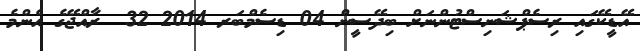
އޭޑީކޭގައި ރިސެޕްޝަނިސްޓުންނަށް ބިދޭސީން 04 ޑިސެމްބަރ 2014 32  ރާއްޖޭގެ އެންމެ